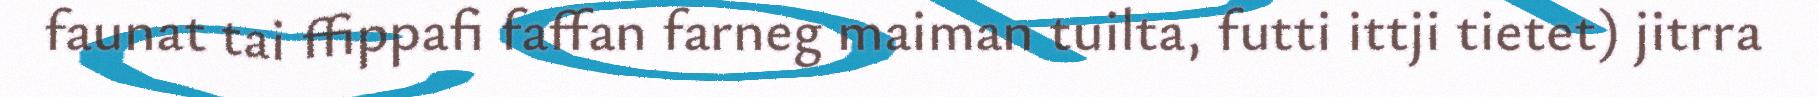
faunat tai ffippafi faffan farneg maiman tuilta, futti ittji tietet) jitrra